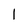
Character: 1